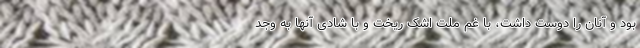
بود و آنان را دوست داشت، با غم ملت اشک ریخت و با شادی آنها به وجد